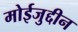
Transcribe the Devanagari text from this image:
मोईजुद्दीन